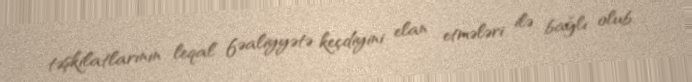
təşkilatlarının leqal fəaliyyətə keçdiyini elan etmələri ilə bağlı olub.